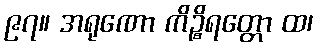
၉၇။ အရုဏော ကိဉ္စိရတ္တော ထ၊